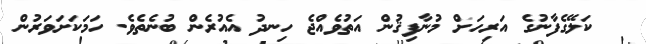
ކަލޭގެފާނުގެ އަރިހަށް މުނާފިޤުން އަތުވެއްޖެ ހިނދު އެއުރެން ބުނެތެވެ. ހަމަކަށަވަރުން